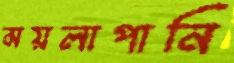
ময়লাপানি